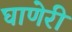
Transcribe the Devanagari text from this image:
घाणेरी